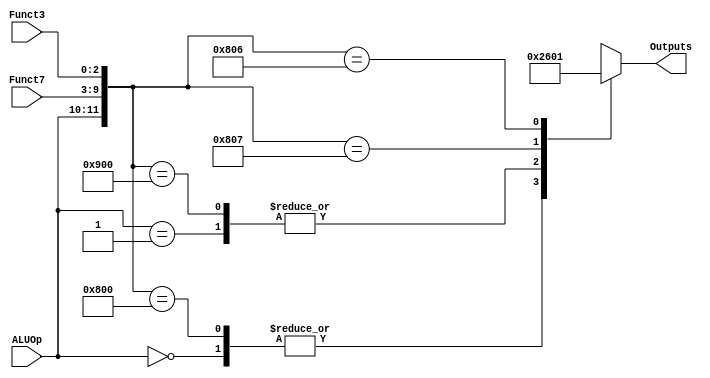
module ALUControl(ALUOp, Funct7, Funct3, Outputs);
    input [1:0] ALUOp;
    input [6:0] Funct7;
    input [2:0] Funct3;
    output reg [3:0] Outputs;

    always @(*)
        casex ({ALUOp, Funct7, Funct3})
            12'b00xxxxxxxxxx: Outputs = 4'b0010; // ld, sd (desired: add)
            12'b01xxxxxxxxxx: Outputs = 4'b0110; // beq (desired: subtract)
            12'b100000000000: Outputs = 4'b0010; // add
            12'b100100000000: Outputs = 4'b0110; // sub
            12'b100000000111: Outputs = 4'b0000; // and
            12'b100000000110: Outputs = 4'b0001; // or
            default: Outputs = 4'bxxxx;
        endcase
endmodule